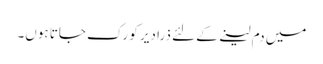
میں دم لینے کے لئے ذرا دیر کو رک جاتا ہوں۔